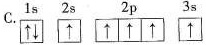
C.1s 2s 2p 3s